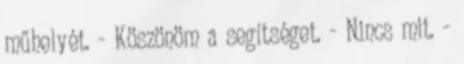
műhelyét. - Köszönöm a segítséget. - Nincs mit. -